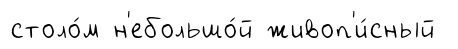
столо́м н'ебольшо́й живоп'и́сный